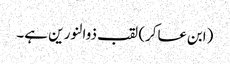
(ابن عساکر) لقب ذوالنور ین ہے۔